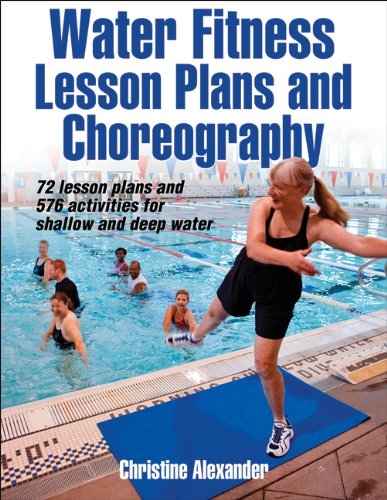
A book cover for Water Fitness Lesson Plans and Choreography; Christine Alexander; Health, Fitness & Dieting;